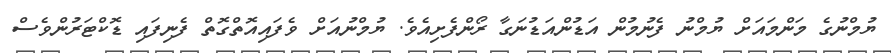
ޔުމްނުގެ މަންމައަށް ޔުމްނު ފެނުމުން އަޑުންއަޑުނަގާ ރޯންފެށިއެވެ. ޔުމްނުއަށް ވެފައިއޮތްގޮތް ފެނިފައި ޑޮކްޓަރުންވެސް